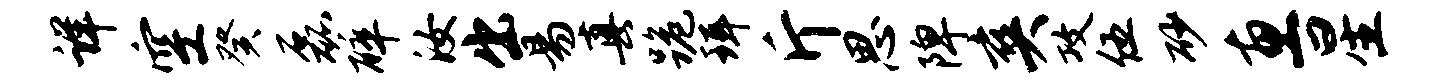
详空癸磊碎汝出易真跪珥斤思陴爽攻伍砂惠星